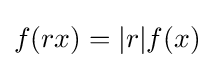
f(rx)=|r|f(x)